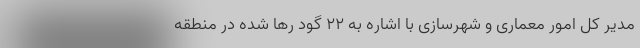
مدیر کل امور معماری و شهرسازی با اشاره به ۲۲ گود رها شده در منطقه